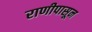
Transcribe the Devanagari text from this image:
राणीपासून